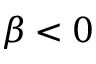
\beta < 0